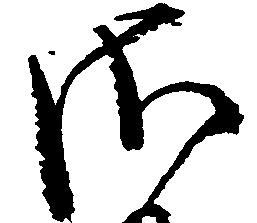
さ